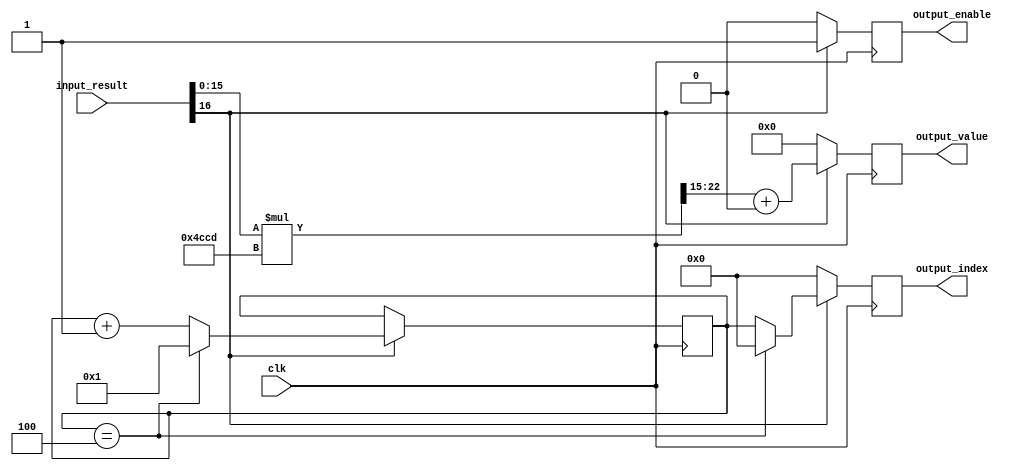
`timescale 1ns / 1ps
//////////////////////////////////////////////////////////////////////////////////
// Scaler cell to scale the results back into the desired data width.
//////////////////////////////////////////////////////////////////////////////////


module scaler#(
        parameter DATA_WIDTH = 8,
        parameter RESULT_WIDTH = 16,
        parameter INDEX_WIDTH = 10,
        parameter SCALING_FACTOR = 19661,
        parameter SHIFT_AMOUNT = 15,
        parameter OUTPUT_OFFSET = 0,
        parameter CELL_AMOUNT = 4
    ) (
        input wire clk,
        input wire [RESULT_WIDTH:0] input_result,
        output reg [INDEX_WIDTH-1:0] output_index,
        output reg [DATA_WIDTH-1:0] output_value,
        output reg output_enable
    );
    
reg [INDEX_WIDTH-1:0] index;
wire [RESULT_WIDTH*2-1:0] accumulator;
    
initial begin
    index = 0;
end
   
assign accumulator = input_result[RESULT_WIDTH-1:0] * SCALING_FACTOR;
    
always @ (posedge clk) begin #1
    if (input_result[RESULT_WIDTH]) begin

        output_value <= accumulator[RESULT_WIDTH*2-1:SHIFT_AMOUNT] + OUTPUT_OFFSET;
        //output_value <= input_result[RESULT_WIDTH-1:0] * SCALING_FACTOR >> SHIFT_AMOUNT;

        if (index == CELL_AMOUNT) begin
            output_index <= 0;
            index <= 1;
        end
        else begin
            output_index <= index;
            index <= index + 1;
        end
        output_enable <= 1;
    end
    else begin 
        output_enable <= 0;
        output_index <= 0;
        output_value <= 0;
    end
end

endmodule